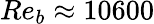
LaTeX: Re_{b}\approx 10600